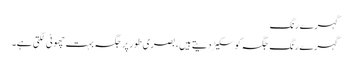
گہرے رنگ
گہرے رنگ جگہ کو سکیڑ دیتے ہیں، بصری طور پر جگہ بہت چھوٹی لگتی ہے۔